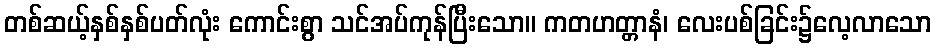
တစ်ဆယ့်နှစ်နှစ်ပတ်လုံး ကောင်းစွာ သင်အပ်ကုန်ပြီးသော။ ကတဟတ္တာနံ၊ လေးပစ်ခြင်း၌လေ့လာသော